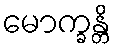
မောက္ခန္တိ